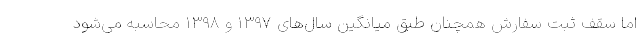
اما سقف ثبت سفارش همچنان طبق میانگین سال‌های ۱۳۹۷ و ۱۳۹۸ محاسبه می‌شود